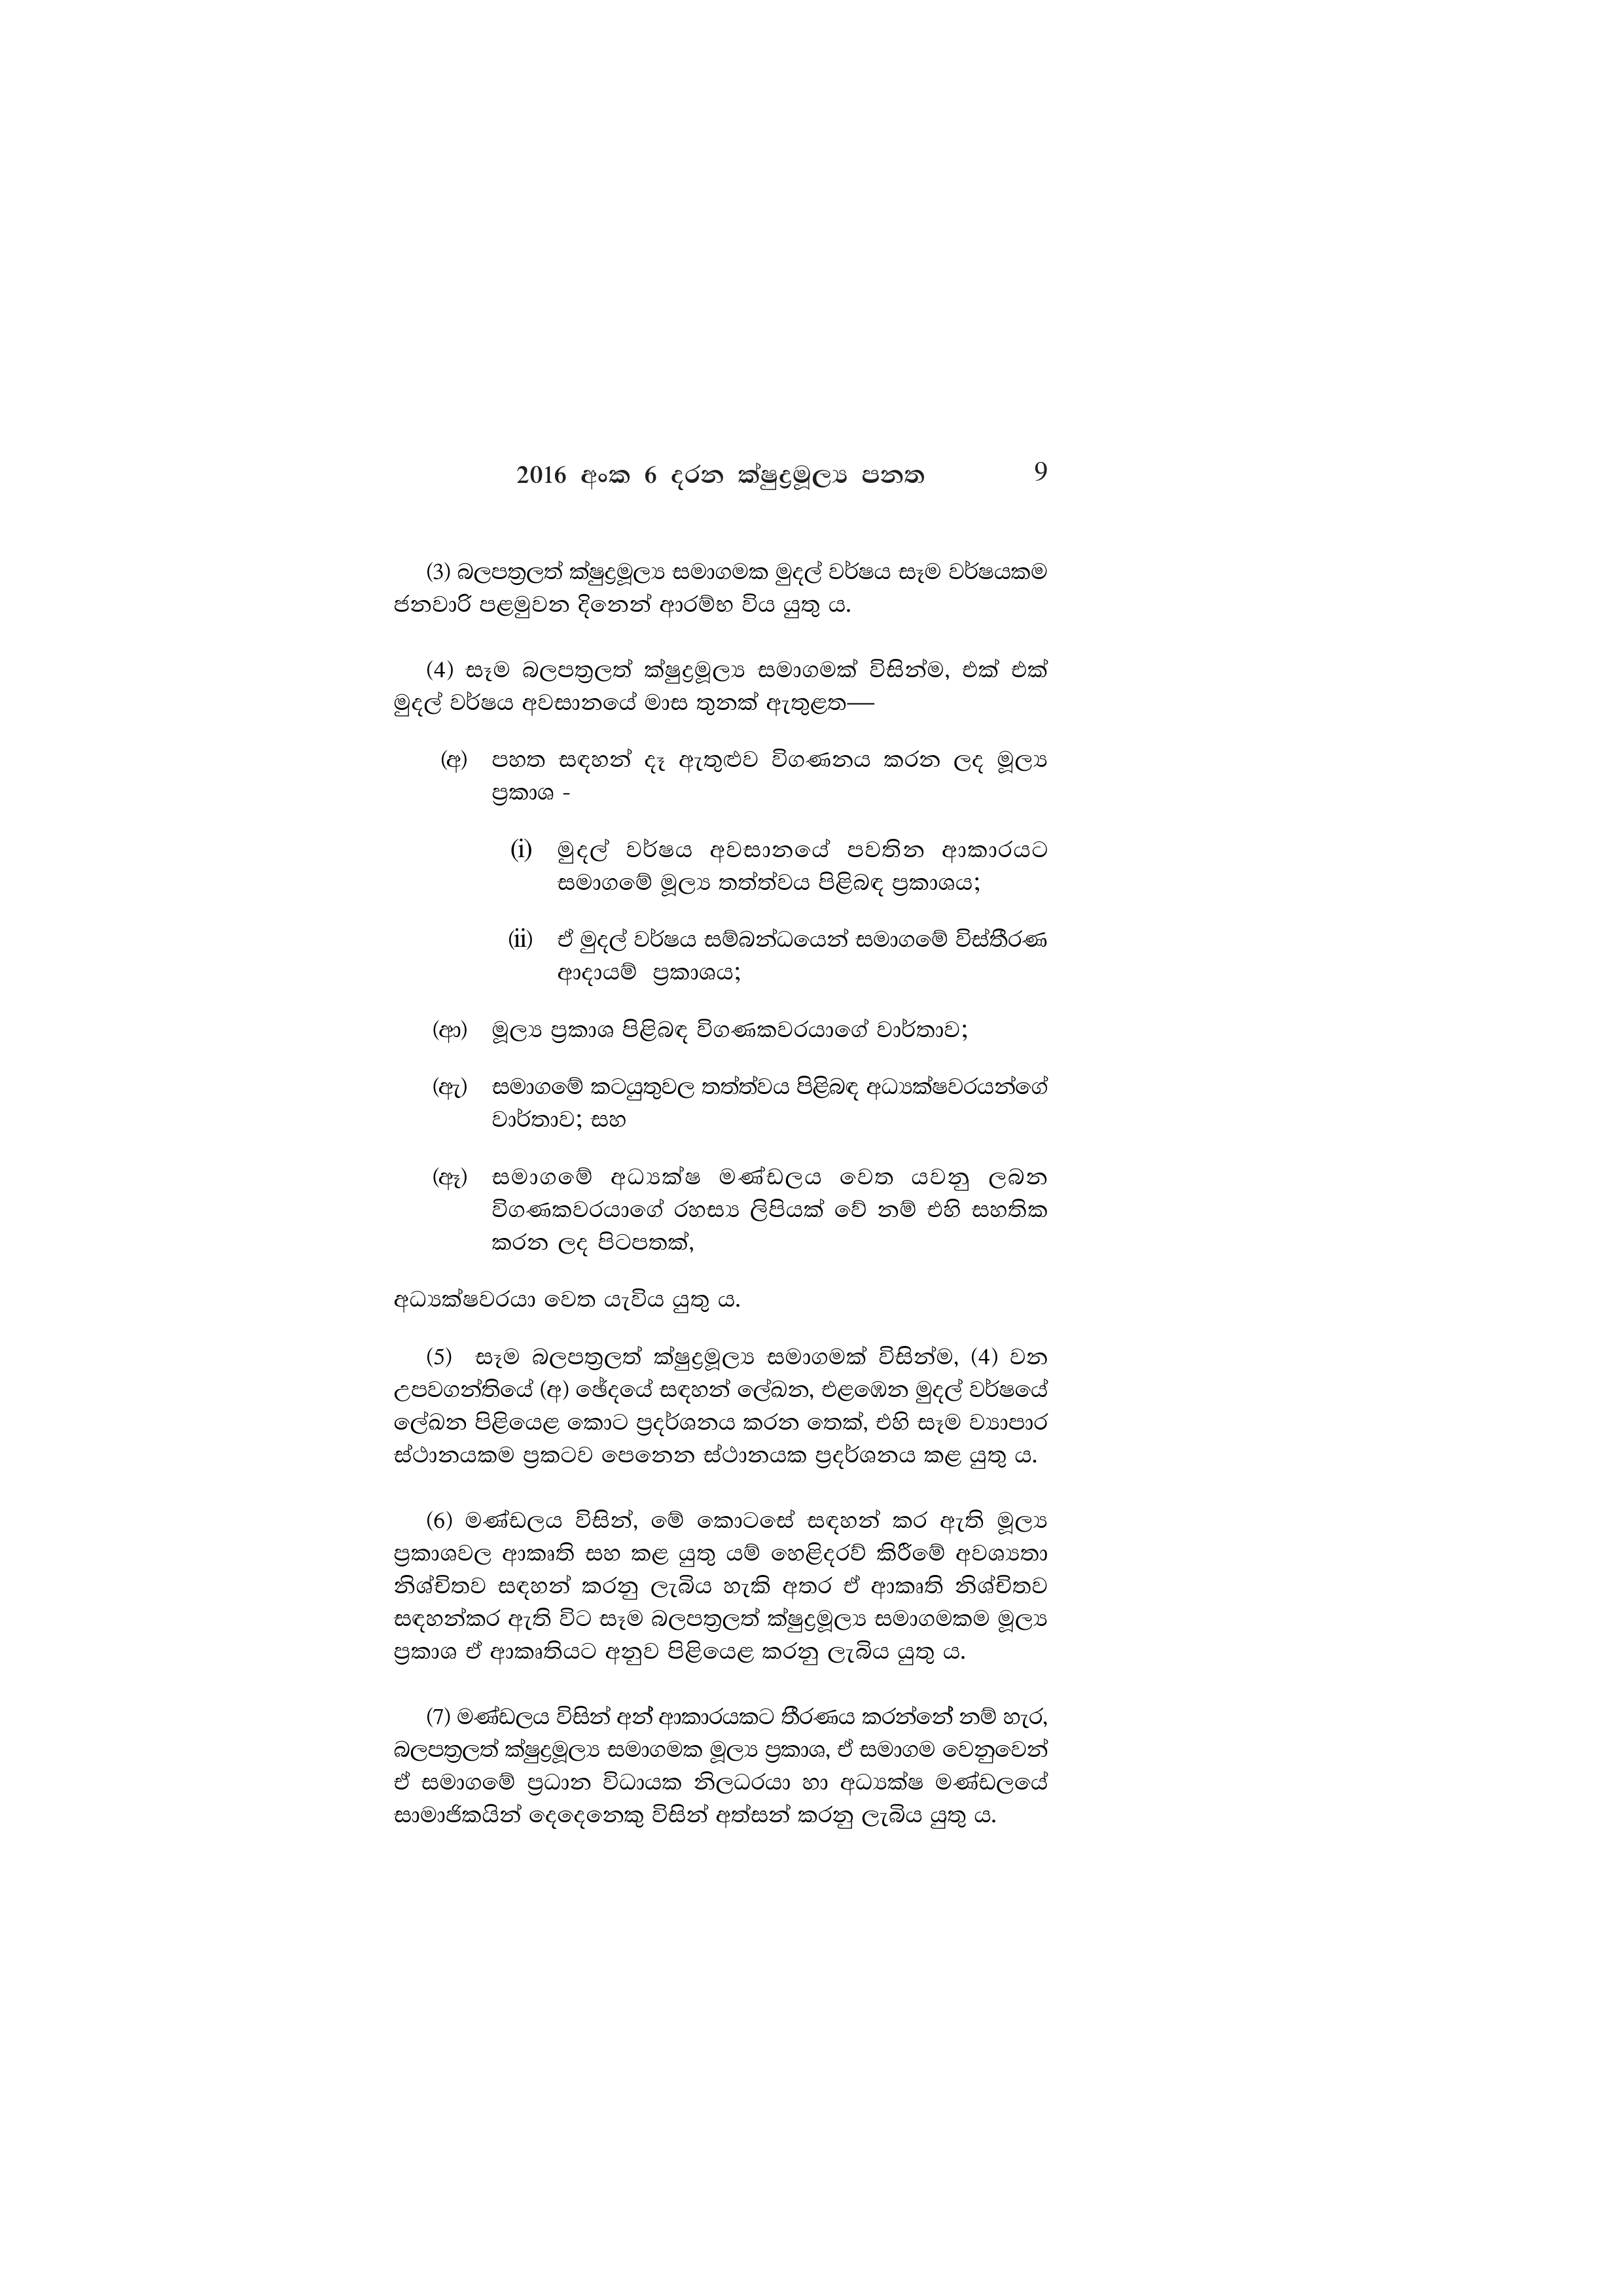
2016 අංක 6 දරන ක්ෂුද්‍රමූල්‍ය පනත 9

(3) බලපත්‍රලත් ක්ෂුද්‍රමූල්‍ය සමාගමක මුදල් වර්ෂය සෑම වර්ෂයකම
ජනවාරි පළමුවන දිනෙන් ආරම්භ විය යුතු ය.

(4) සෑම බලපත්‍රලත් ක්ෂුද්‍රමූල්‍ය සමාගමක් විසින්ම, එක් එක්
මුදල් වර්ෂය අවසානයේ මාස තුනක් ඇතුළත—

(අ) පහත සඳහන් දෑ ඇතුළුව විගණනය කරන ලද මූල්‍ය
ප්‍රකාශ

(i) මුදල් වර්ෂය අවසානයේ පවතින ආකාරයට
සමාගමේ මූල්‍ය තත්ත්වය පිළිබඳ ප්‍රකාශය;

(ii) ඒ මුදල් වර්ෂය සම්බන්ධයෙන් සමාගමේ විස්තීරණ
ආදායම් ප්‍රකාශය;

(ආ) මූල්‍ය ප්‍රකාශ පිළිබඳ විගණකවරයාගේ වාර්තාව;

(ඇ) සමාගමේ කටයුතුවල තත්ත්වය පිළිබඳ අධ්‍යක්ෂවරයන්ගේ
වාර්තාව; සහ

(ඈ) සමාගමේ අධ්‍යක්ෂ මණ්ඩලය වෙත යවනු ලබන
විගණකවරයාගේ රහස්‍ය ලිපියක් වේ නම් එහි සහතික
කරන ලද පිටපතක්,

අධ්‍යක්ෂවරයා වෙත යැවිය යුතු ය.

(5) සෑම බලපත්‍රලත් ක්ෂුද්‍රමූල්‍ය සමාගමක් විසින්ම, (4) වන
උපවගන්තියේ (අ) ඡේදයේ සඳහන් ලේඛන, එළඹෙන මුදල් වර්ෂයේ
ලේඛන පිළියෙළ කොට ප්‍රදර්ශනය කරන තෙක්, එහි සෑම ව්‍යාපාර
ස්ථානයකම ප්‍රකටව පෙනෙන ස්ථානයක ප්‍රදර්ශනය කළ යුතු ය.

(6) මණ්ඩලය විසින්, මේ කොටසේ සඳහන් කර ඇති මූල්‍ය
ප්‍රකාශවල ආකෘති සහ කළ යුතු යම් හෙළිදරව් කිරීමේ අවශ්‍යතා
නිශ්චිතව සඳහන් කරනු ලැබිය හැකි අතර ඒ ආකෘති නිශ්චිතව
සඳහන්කර ඇති විට සෑම බලපත්‍රලත් ක්ෂුද්‍රමූල්‍ය සමාගමකම මූල්‍ය
ප්‍රකාශ ඒ ආකෘතියට අනුව පිළියෙළ කරනු ලැබිය යුතු ය.

(7) මණ්ඩලය විසින් අන් ආකාරයකට තීරණය කරන්නේ නම් හැර,
බලපත්‍රලත් ක්ෂුද්‍රමූල්‍ය සමාගමක මූල්‍ය ප්‍රකාශ, ඒ සමාගම වෙනුවෙන්
ඒ සමාගමේ ප්‍රධාන විධායක නිලධරයා හා අධ්‍යක්ෂ මණ්ඩලයේ
සාමාජිකයින් දෙදෙනෙකු විසින් අත්සන් කරනු ලැබිය යුතු ය.